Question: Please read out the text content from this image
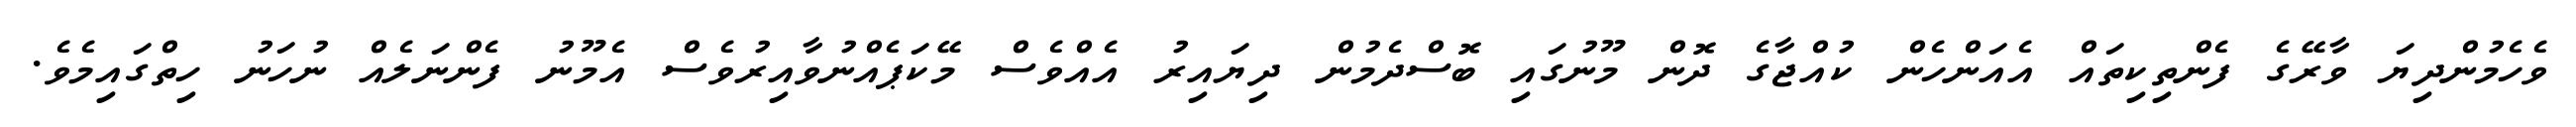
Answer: ވެހެމުންދިޔަ ވާރޭގެ ފެންތިކިތައް އެއަންހެން ކުއްޖާގެ ދޮން މޫނުގައި ބޮސްދެމުން ދިޔައިރު އެއްވެސް މޭކަޕެއްނުވާއިރުވެސް އެމޫނު ފެންނަލެއް ނުހަނު ހިތްގައިމެވެ.